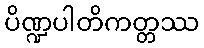
ပိဏ္ဍပါတိကတ္တဿ